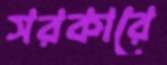
সরকারে